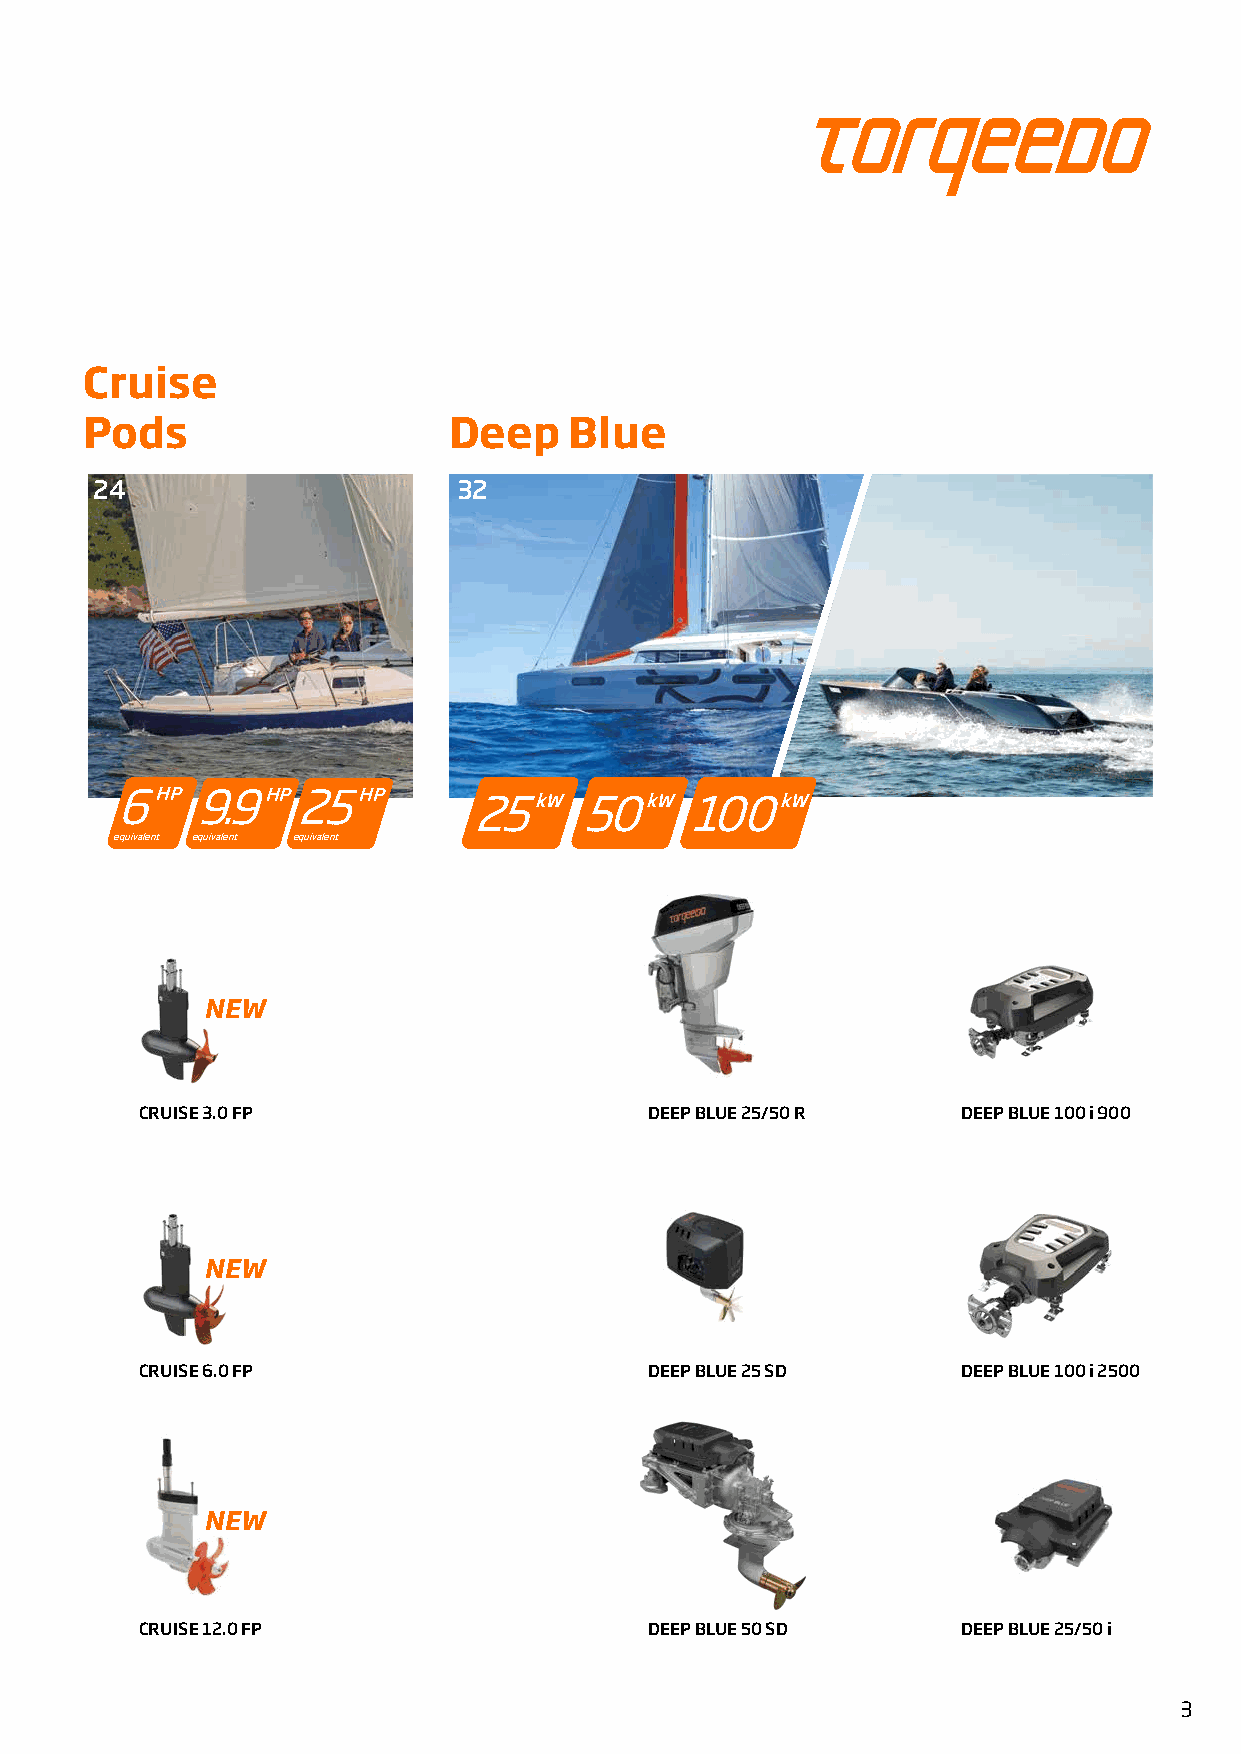
Cruise
 Pods                    Deep    Blue
 24                      32
 6HP  9.9HP25HP
 25kW   50kW   100kW
 equivalent equivalent equivalent
 NEW
 CRUISE 3.0 FP                     DEEP BLUE 25/50 R    DEEP BLUE 100 i 900
 NEW
 CRUISE 6.0 FP                     DEEP BLUE 25 SD      DEEP BLUE 100 i 2500
 NEW
 CRUISE 12.0 FP                    DEEP BLUE 50 SD      DEEP BLUE 25/50 i
 3